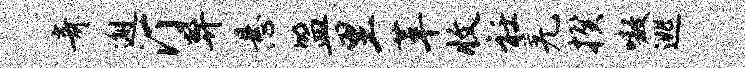
奇邂汀弊悬盟里革收衽羌揆嗷逃